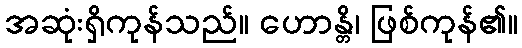
အဆုံးရှိကုန်သည်။ ဟောန္တိ၊ ဖြစ်ကုန်၏။